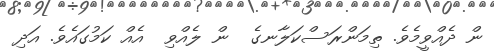
ން ދެއްވީމެވެ. ތިމަންރަސްކަލާނގެ  ން ލެއްވި  އެއް ކަމުގައެވެ. އަދި